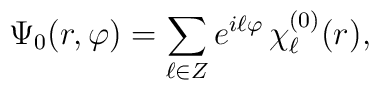
\Psi _0(r,\varphi)=\sum _{\ell \in Z} e^{i\ell \varphi}\,\chi_\ell^{(0)}(r),